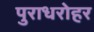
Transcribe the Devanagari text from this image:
पुराधरोहर